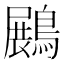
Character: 𪄡